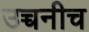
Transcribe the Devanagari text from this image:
उच्चनीच